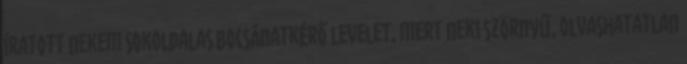
íratott nekem sokoldalas bocsánatkérő levelet, mert neki szörnyű, olvashatatlan